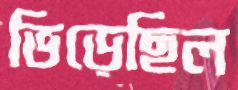
ভিড়েছিল